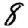
Digit: 8